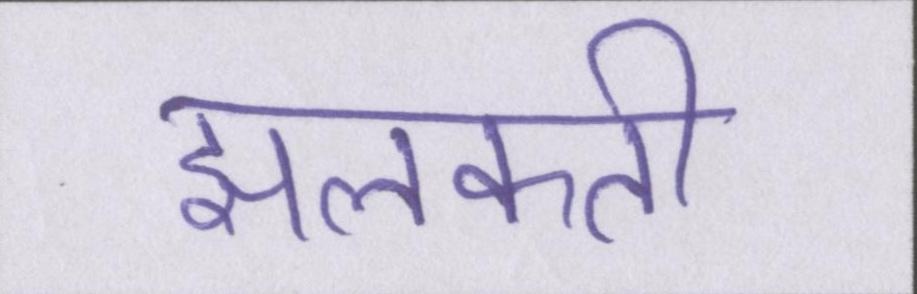
झलकती